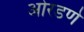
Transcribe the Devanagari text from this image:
ओरडणे